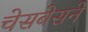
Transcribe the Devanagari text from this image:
चेसबेसने